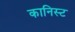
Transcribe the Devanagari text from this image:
कानिस्ट